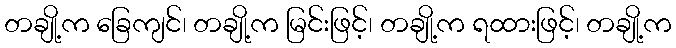
တချို့က ခြေကျင်၊ တချို့က မြင်းဖြင့်၊ တချို့က ရထားဖြင့်၊ တချို့က